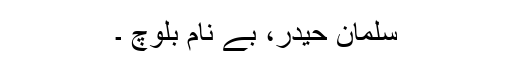
سلمان حیدر، بے نام بلوچ ۔